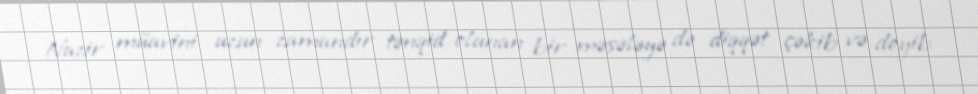
Nazir müavini uzun zamandır tənqid olunan bir məsələyə də diqqət çəkib və deyib